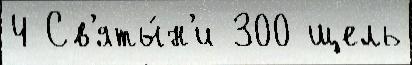
4 Св'яты́н'и 300 щель